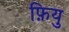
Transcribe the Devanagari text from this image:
फ़ियु